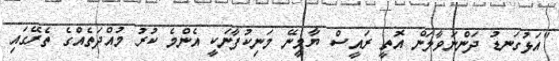
"އަޅުގަނޑު ދަންނަވާލަން އޮތީ ރައީސް ޔާމީނޭ މަނިކުފާނަކީ އެންމެ ކުރު މުއްދަތެއްގެ ތެރޭގައި